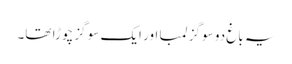
یہ باغ دو سو گز لمبا اور ایک سو گز چوڑا تھا۔